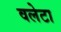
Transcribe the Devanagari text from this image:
वलेटा